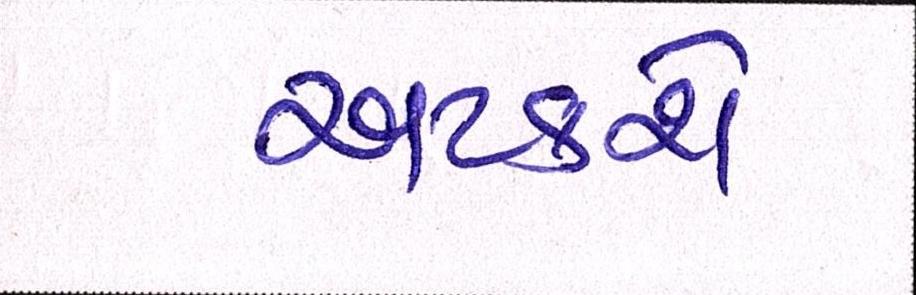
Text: અટકશે